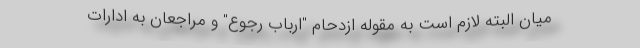
میان البته لازم است به مقوله ازدحام "ارباب رجوع" و مراجعان به ادارات